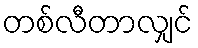
တစ်လီတာလျှင်